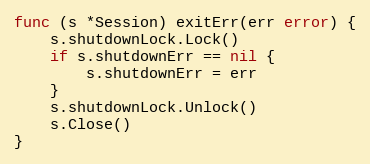
Language: Go
func (s *Session) exitErr(err error) {
	s.shutdownLock.Lock()
	if s.shutdownErr == nil {
		s.shutdownErr = err
	}
	s.shutdownLock.Unlock()
	s.Close()
}